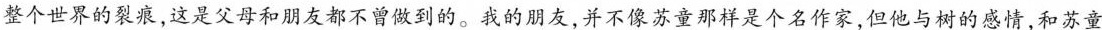
整个世界的裂痕，这是父母和朋友都不曾做到的。我的朋友，并不像苏童那样是个名作家，但他与树的感情，和苏童